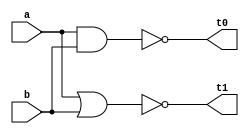
module no(t0,a,b,t1);		// start of module no with following variables
	input a,b;			//a and b are inputs for the circuit
	output t0,t1;		//t0 and t1 are outputs for the circuit
	and a1(x1,a,b);		//a1 represents and gate with a,b inputs and x1 output
	not n1(t0,x1);		//n1 represents not gate with x1 input and t0 output
	or o1(x2,a,b);		//o1 represents or gate with a,b inputs and x2 output
	not n2(t1,x2);		//n2 represents not gate with x2 input and t1 output
endmodule		 	// x1,x2 are intermediate inputs/output for respective gates

module testbench;
	wire t0,t1;
	reg a,b;
	no g(t0,a,b,t1);
	initial 			
	begin
	           $dumpfile("program2.vcd");
	           $dumpvars(0,testbench);
	           a = 1'b0 ; b=1'b0;		
	           #20
	           a = 1'b0 ; b=1'b1;		
	           #20
	           a = 1'b1 ; b=1'b0;		
	           #20
	           a = 1'b1 ; b=1'b1;		
	           #20
	           $finish;			
	end					      
endmodule